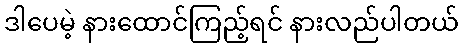
ဒါပေမဲ့ နားထောင်ကြည့်ရင် နားလည်ပါတယ်